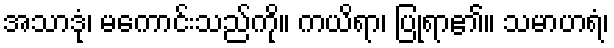
အသာဒုံ၊ မကောင်းသည်ကို။ ကယိရာ၊ ပြုရာ၏။ သမာဟရံ၊